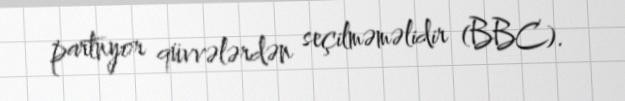
partnyor qüvvələrdən seçilməməlidir (BBC).